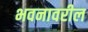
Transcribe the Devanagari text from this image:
भवनावरील